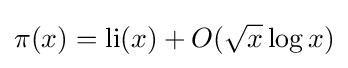
\pi (x)=\operatorname {li} (x)+O({\sqrt {x}}\log {x})